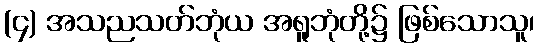
(၄) အသညသတ်ဘုံယ အရူဘုံတို့၌ ဖြစ်သောသူ၊